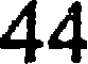
44